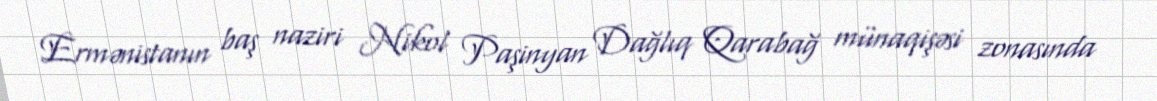
Ermənistanın baş naziri Nikol Paşinyan Dağlıq Qarabağ münaqişəsi zonasında